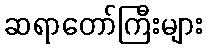
ဆရာတော်ကြီးများ